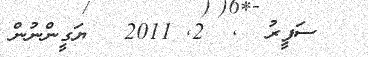
ސަފީރު